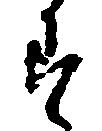
す